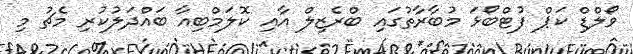
ވޯލްޑް ކަޕް ފުޓްބޯޅަ މުބާރާތުގައި ބްރެޒިލް އާއި ކޮލަމްބިއާ ބައްދަލުކުރި މެޗު މި